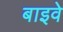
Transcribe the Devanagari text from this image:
बाइवे